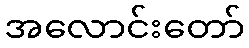
အလောင်းတော်